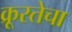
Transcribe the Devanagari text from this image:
क्रूरतेचा